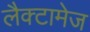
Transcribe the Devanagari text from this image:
लैक्टामेज